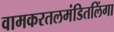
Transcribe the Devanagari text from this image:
वामकरतलमंडितलिंगा